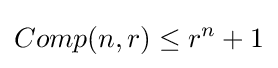
Comp(n,r)\leq r^{n}+1